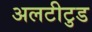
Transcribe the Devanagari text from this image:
अलटीटुड